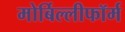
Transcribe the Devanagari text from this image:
मोर्बिल्लीफॉर्म